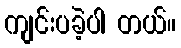
ကျင်းပခဲ့ပါ တယ်။